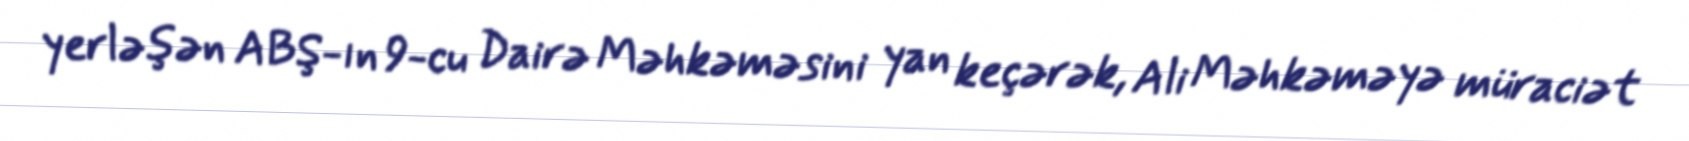
yerləşən ABŞ-ın 9-cu Dairə Məhkəməsini yan keçərək, Ali Məhkəməyə müraciət